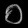
Digit: ၀